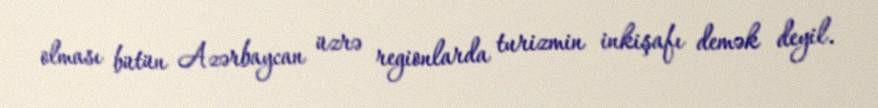
olması bütün Azərbaycan üzrə regionlarda turizmin inkişafı demək deyil.